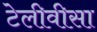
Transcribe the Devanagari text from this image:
टेलीवीसा